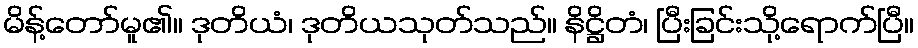
မိန့်တော်မူ၏။ ဒုတိယံ၊ ဒုတိယသုတ်သည်။ နိဋ္ဌိတံ၊ ပြီးခြင်းသို့ရောက်ပြီ။